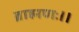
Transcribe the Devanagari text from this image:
ब्राह्मणः।।